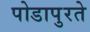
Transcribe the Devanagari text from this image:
पोडापुरते